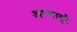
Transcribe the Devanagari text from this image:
अण्णादुरै